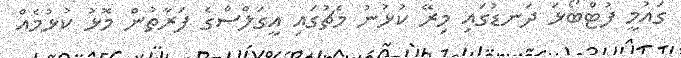
ގައުމީ ފުޓްބޯޅަ ދަނޑުގައި މިރޭ ކުޅުނު މެޗުގައި އީގަލްސްގެ ފަރާތުން މޮޅު ކުޅުމެއް